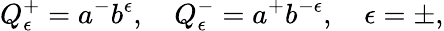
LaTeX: Q_{\epsilon}^{+}=a^{-}b^{\epsilon},\quad Q_{\epsilon}^{-}=a^{+}b^{-\epsilon},\quad\epsilon=\pm,